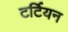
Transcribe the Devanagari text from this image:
टर्टियन